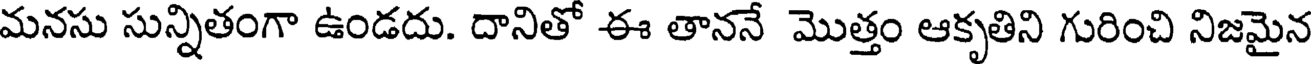
మనసు సున్నితంగా ఉండదు. దానితో ఈ తాననే మొత్తం ఆకృతిని గురించి నిజమైన